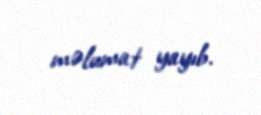
məlumat yayıb.